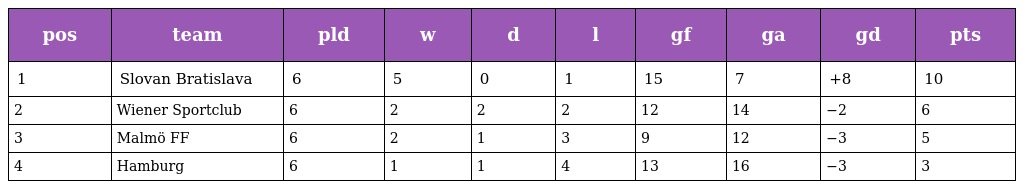
| pos | team | pld | w | d | l | gf | ga | gd | pts |
 | --- | --- | --- | --- | --- | --- | --- | --- | --- | --- |
 | 1 | Slovan Bratislava | 6 | 5 | 0 | 1 | 15 | 7 | +8 | 10 |
 | 2 | Wiener Sportclub | 6 | 2 | 2 | 2 | 12 | 14 | −2 | 6 |
 | 3 | Malmö FF | 6 | 2 | 1 | 3 | 9 | 12 | −3 | 5 |
 | 4 | Hamburg | 6 | 1 | 1 | 4 | 13 | 16 | −3 | 3 |